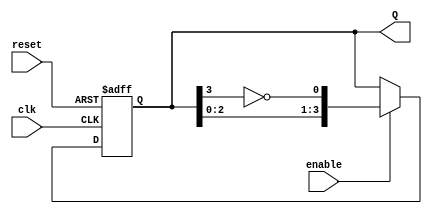
module johnson_counter #(
    parameter N = 4  // Number of flip-flops
)(
    input wire clk,          // Clock input
    input wire reset,        // Asynchronous reset
    input wire enable,       // Enable signal
    output reg [N-1:0] Q     // Output state
);

    // Internal signal for the inverted output of the last flip-flop
    wire feedback;

    // Invert the output of the last flip-flop
    assign feedback = ~Q[N-1];

    // Sequential logic for the Johnson Counter
    always @(posedge clk or posedge reset) begin
        if (reset) begin
            Q <= 0;  // Reset all flip-flops to 0
        end else if (enable) begin
            // Shift the state and feed back the inverted last output
            Q <= {Q[N-2:0], feedback};
        end
    end

endmodule